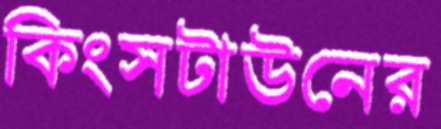
কিংসটাউনের